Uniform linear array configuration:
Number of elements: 8
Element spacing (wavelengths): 0.25
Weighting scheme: exponential
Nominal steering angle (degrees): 45
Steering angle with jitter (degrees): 43.947
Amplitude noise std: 0.05
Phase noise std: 0.05

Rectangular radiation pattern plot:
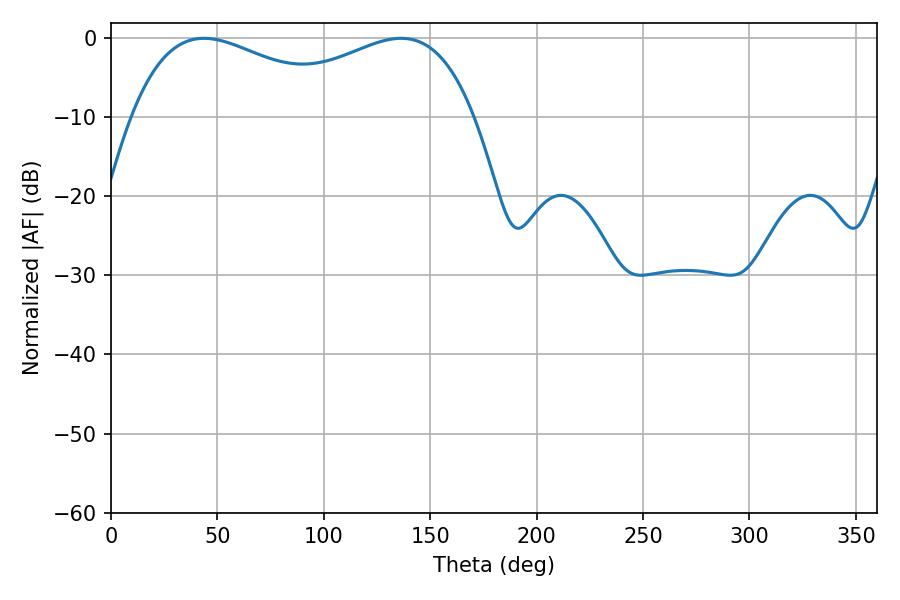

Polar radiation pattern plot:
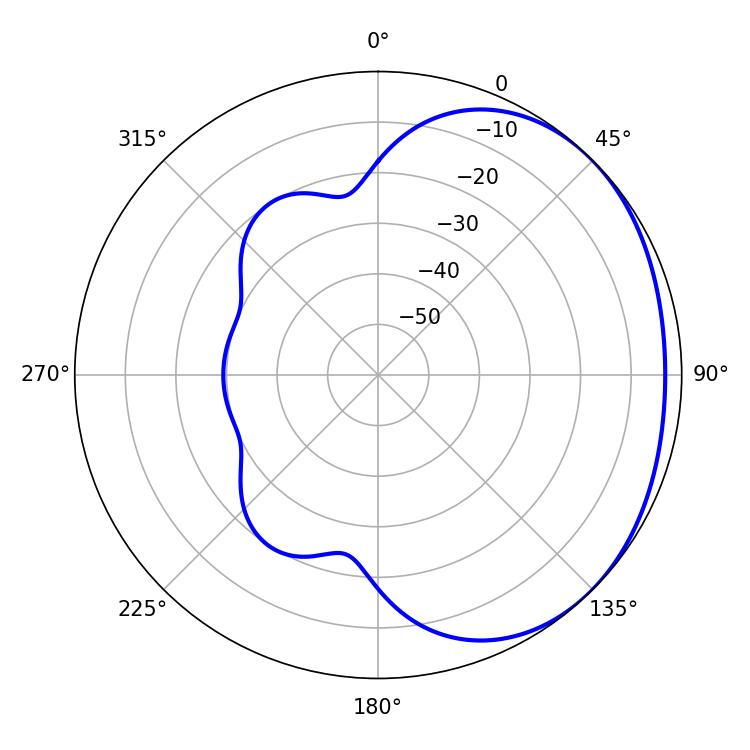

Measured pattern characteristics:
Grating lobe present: FALSE
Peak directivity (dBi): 1.699
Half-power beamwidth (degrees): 57.96
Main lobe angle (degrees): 43.74